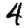
Digit: 4